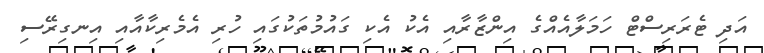
އަދި ޓެރަރިސްޓް ހަމަލާއެއްގެ އިންޒާރާއި އެކު އެކި ގައުމުތަކުގައި ހުރި އެމެރިކާއާއި އިނގިރޭސި